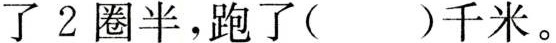
了2圈半，跑了( )千米。